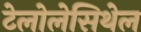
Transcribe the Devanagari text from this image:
टेलोलेसिथेल